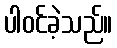
ပါဝင်ခဲ့သည်။